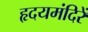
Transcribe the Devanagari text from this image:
हृदयमंदिरें